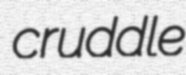
cruddle